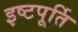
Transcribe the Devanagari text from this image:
इष्टपूर्ति